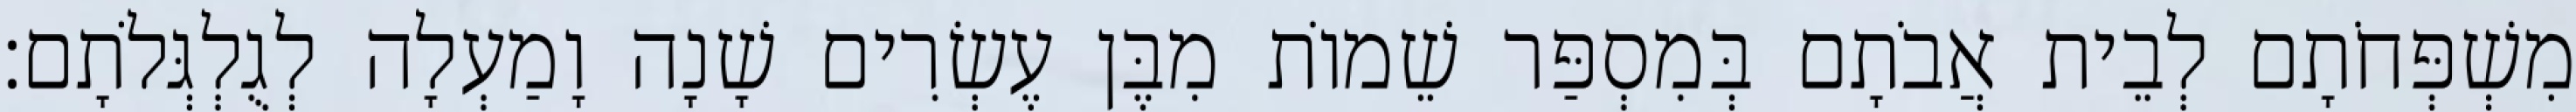
מִשְׁפְּחֹתָם לְבֵית אֲבֹתָם בְּמִסְפַּר שֵׁמוֹת מִבֶּן עֶשְׂרִים שָׁנָה וָמַעְלָה לְגֻלְגְּלֹתָם׃